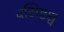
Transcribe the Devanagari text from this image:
वसिष्ठश्च